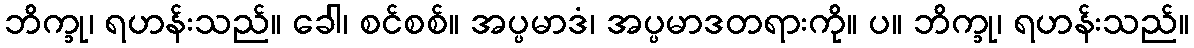
ဘိက္ခု၊ ရဟန်းသည်။ ခေါ၊ စင်စစ်။ အပ္ပမာဒံ၊ အပ္ပမာဒတရားကို။ ပ။ ဘိက္ခု၊ ရဟန်းသည်။